Vaccine operations Central Provinces 1868-1885 - 1868-1885
Year: 1868
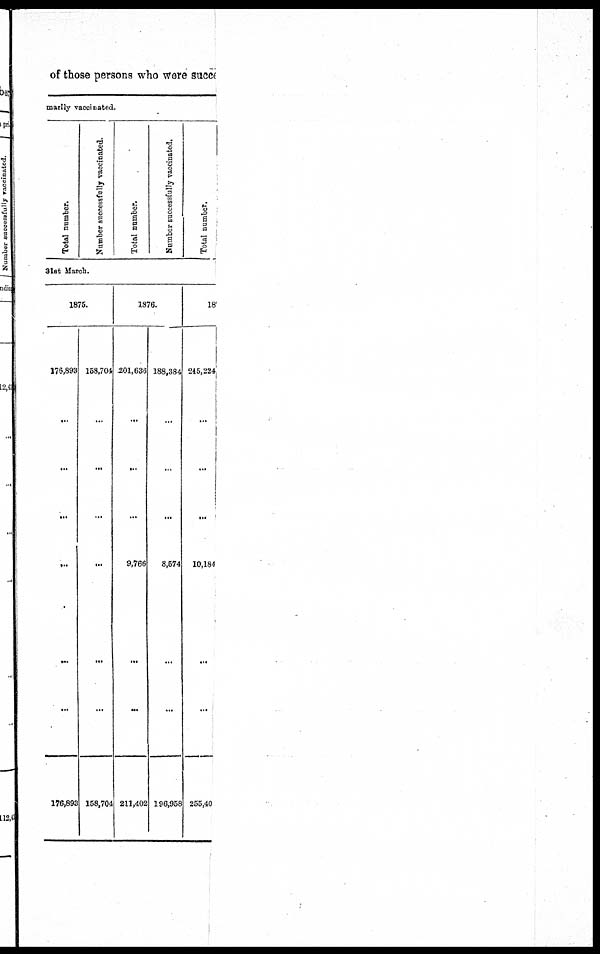
of those persons who were succe
marily vaccinated.
Total number.
Number successfully vaccinated.
Total number.
Number successfully vaccinated.
Total number.
31st March.
1875.
176,898
...
...
...
...
...
...
176,893
158,704
...
...
...
...
...
...
158,704
1876.
201,636
...
...
...
9,766
...
...
211,402
188,384
...
...
...
8,574
...
...
196,958
18
245,224
...
...
...
10,184
...
...
255,40